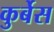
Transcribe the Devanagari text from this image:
कुर्बेस